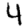
Digit: 4